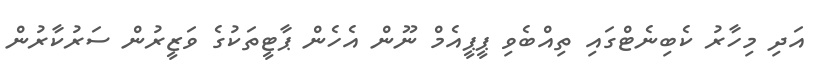
އަދި މިހާރު ކެބިނެޓްގައި ތިއްބެވި ޕީޕީއެމް ނޫން އެހެން ޕާޓީތަކުގެ ވަޒީރުން ސަރުކާރުން